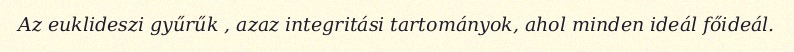
Az euklideszi gyűrűk , azaz integritási tartományok, ahol minden ideál főideál.